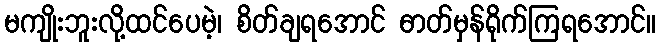
မကျိုးဘူးလို့ထင်ပေမဲ့၊ စိတ်ချရအောင် ဓာတ်မှန်ရိုက်ကြရအောင်။